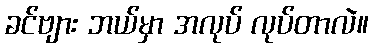
ခင်ဗျား ဘယ်မှာ အလုပ် လုပ်တာလဲ။